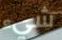
شيء